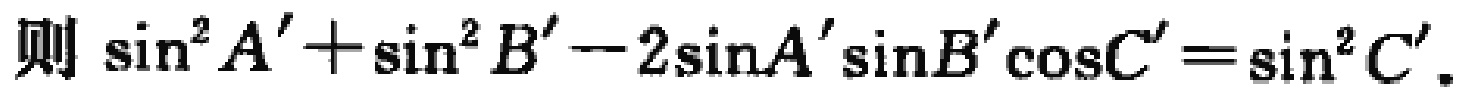
则\(\sin^{2}A'+\sin^{2}B'-2\sin A'\sin B'\cos C'=\sin^{2}C'\)。